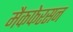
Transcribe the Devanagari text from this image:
मैकफेरसन